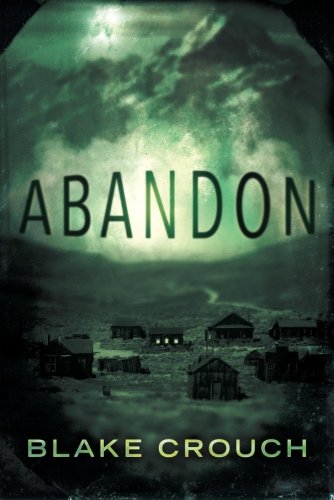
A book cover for Abandon; Blake Crouch; Mystery, Thriller & Suspense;